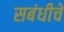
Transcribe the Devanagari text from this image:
सबंधीचे